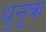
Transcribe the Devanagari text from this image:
धुनुक